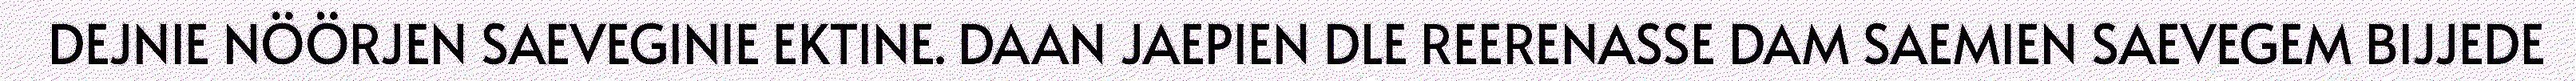
DEJNIE NÖÖRJEN SAEVEGINIE EKTINE. DAAN JAEPIEN DLE REERENASSE DAM SAEMIEN SAEVEGEM BIJJEDE